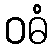
ဝဓံ